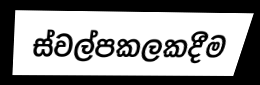
ස්වල්පකලකදීම